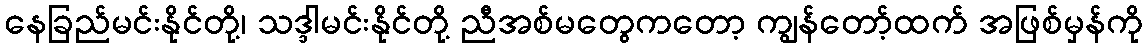
နေခြည်မင်းနိုင်တို့၊ သဒ္ဒါမင်းနိုင်တို့ ညီအစ်မတွေကတော့ ကျွန်တော့်ထက် အဖြစ်မှန်ကို